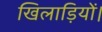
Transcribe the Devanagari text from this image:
खिलाड़ियों।